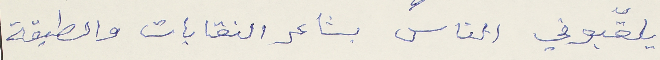
يلقّبوني الناس بشاعر النقابات والطبقة